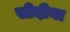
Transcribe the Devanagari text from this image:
सीदीया